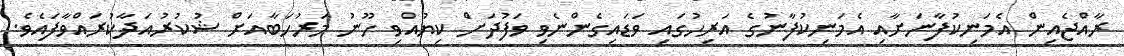
ރާއްޖެއިން އެމަނިކުފާނަށާއި އެމަނިކުފާނުގެ އަރިހުގައި ވަޑައިގެންނެވި ވަފުދަށް ކިޔުއްވި ހޫނު މަރުހަބާއަށް ޝުކުރުއަދާކުރައްވާފައެވެ.